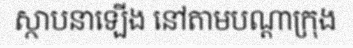
ស្ថាបនាឡើង នៅតាមបណ្តាក្រុង